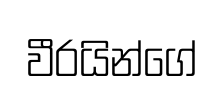
වීරයින්ගේ